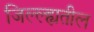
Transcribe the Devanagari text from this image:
जिल्ल्ह्यतील